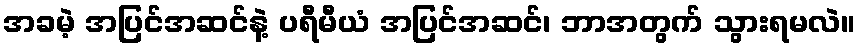
အခမဲ့ အပြင်အဆင်နဲ့ ပရီမီယံ အပြင်အဆင်၊ ဘာအတွက် သွားရမလဲ။